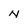
Character: N